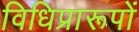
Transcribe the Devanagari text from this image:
विधिप्रारूपों